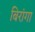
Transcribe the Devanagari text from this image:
बिरांगा